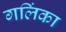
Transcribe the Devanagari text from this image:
गलिंका